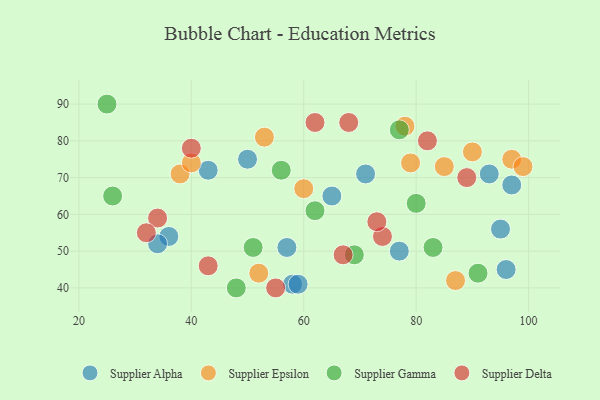
{"axis": {"x": "GDP", "y": "Life Expectancy"}, "legend": ["Supplier Alpha", "Supplier Delta", "Supplier Epsilon", "Supplier Gamma"], "data": [{"x": "71", "y": 71, "type": "Supplier Alpha"}, {"x": "93", "y": 71, "type": "Supplier Alpha"}, {"x": "95", "y": 56, "type": "Supplier Alpha"}, {"x": "65", "y": 65, "type": "Supplier Alpha"}, {"x": "36", "y": 54, "type": "Supplier Alpha"}, {"x": "34", "y": 52, "type": "Supplier Alpha"}, {"x": "58", "y": 41, "type": "Supplier Alpha"}, {"x": "43", "y": 72, "type": "Supplier Alpha"}, {"x": "57", "y": 51, "type": "Supplier Alpha"}, {"x": "97", "y": 68, "type": "Supplier Alpha"}, {"x": "96", "y": 45, "type": "Supplier Alpha"}, {"x": "50", "y": 75, "type": "Supplier Alpha"}, {"x": "77", "y": 50, "type": "Supplier Alpha"}, {"x": "59", "y": 41, "type": "Supplier Alpha"}, {"x": "79", "y": 74, "type": "Supplier Epsilon"}, {"x": "97", "y": 75, "type": "Supplier Epsilon"}, {"x": "90", "y": 77, "type": "Supplier Epsilon"}, {"x": "78", "y": 84, "type": "Supplier Epsilon"}, {"x": "38", "y": 71, "type": "Supplier Epsilon"}, {"x": "53", "y": 81, "type": "Supplier Epsilon"}, {"x": "40", "y": 74, "type": "Supplier Epsilon"}, {"x": "60", "y": 67, "type": "Supplier Epsilon"}, {"x": "85", "y": 73, "type": "Supplier Epsilon"}, {"x": "52", "y": 44, "type": "Supplier Epsilon"}, {"x": "87", "y": 42, "type": "Supplier Epsilon"}, {"x": "99", "y": 73, "type": "Supplier Epsilon"}, {"x": "69", "y": 49, "type": "Supplier Gamma"}, {"x": "26", "y": 65, "type": "Supplier Gamma"}, {"x": "91", "y": 44, "type": "Supplier Gamma"}, {"x": "62", "y": 61, "type": "Supplier Gamma"}, {"x": "80", "y": 63, "type": "Supplier Gamma"}, {"x": "48", "y": 40, "type": "Supplier Gamma"}, {"x": "25", "y": 90, "type": "Supplier Gamma"}, {"x": "56", "y": 72, "type": "Supplier Gamma"}, {"x": "77", "y": 83, "type": "Supplier Gamma"}, {"x": "83", "y": 51, "type": "Supplier Gamma"}, {"x": "51", "y": 51, "type": "Supplier Gamma"}, {"x": "82", "y": 80, "type": "Supplier Delta"}, {"x": "74", "y": 54, "type": "Supplier Delta"}, {"x": "55", "y": 40, "type": "Supplier Delta"}, {"x": "34", "y": 59, "type": "Supplier Delta"}, {"x": "40", "y": 78, "type": "Supplier Delta"}, {"x": "62", "y": 85, "type": "Supplier Delta"}, {"x": "67", "y": 49, "type": "Supplier Delta"}, {"x": "73", "y": 58, "type": "Supplier Delta"}, {"x": "32", "y": 55, "type": "Supplier Delta"}, {"x": "68", "y": 85, "type": "Supplier Delta"}, {"x": "89", "y": 70, "type": "Supplier Delta"}, {"x": "43", "y": 46, "type": "Supplier Delta"}]}